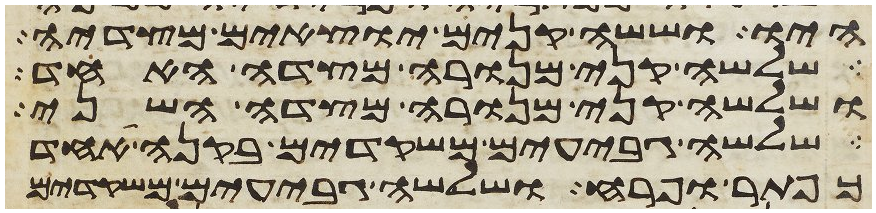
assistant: היו וששה קנים יוצאים מצדיה
שלשה קני מנורה מצדה האחד
ושלשה קני מנורה מצדה השני
שלשה גבעים משקדים בקנה אחד
כפתר ופרח ושלשה גבעים משקדים